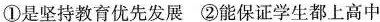
①是坚持教育优先发展 ②能保证学生都上高中